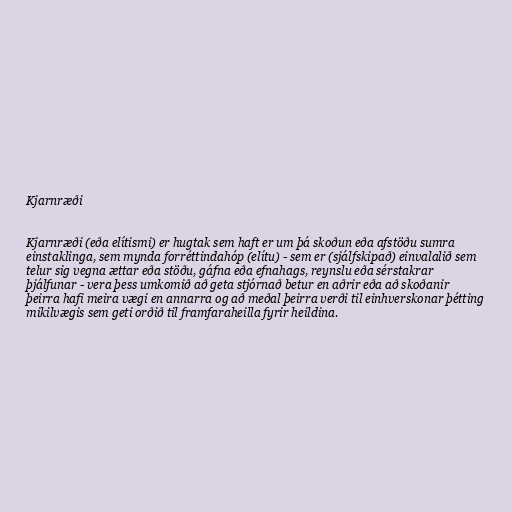
Kjarnræði

Kjarnræði (eða elítismi) er hugtak sem haft er um þá skoðun eða afstöðu sumra
einstaklinga, sem mynda forréttindahóp (elítu) - sem er (sjálfskipað) einvalalið sem
telur sig vegna ættar eða stöðu, gáfna eða efnahags, reynslu eða sérstakrar
þjálfunar - vera þess umkomið að geta stjórnað betur en aðrir eða að skoðanir
þeirra hafi meira vægi en annarra og að meðal þeirra verði til einhverskonar þétting
mikilvægis sem geti orðið til framfaraheilla fyrir heildina.